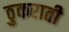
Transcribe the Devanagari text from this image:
ठुकराती